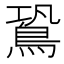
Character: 𪀛